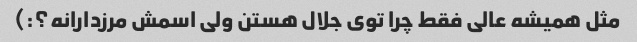
مثل همیشه عالی فقط چرا توی جلال هستن ولی اسمش مرزدارانه؟:)